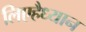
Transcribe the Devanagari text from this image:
लिएहैध्यान